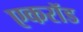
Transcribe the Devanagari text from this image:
एकरॉड